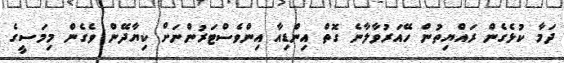
ދަމާ ކުޅެގެން ރައްޔިތުން ހޭއަރުވާލާނެ ގޮތް އިންޑިއާ އިންވެސްޓަރުންނަށް ކިޔާދޭން ވެގެން މިމަސީގެ